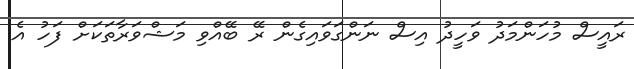
ރައީސް މުހަންމަދު ވަހީދު އިސް ނަންގަވައިގެން ރޭ ބޭއްވި މަޝްވަރާތަކަށް ފަހު އެ